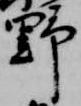
野